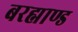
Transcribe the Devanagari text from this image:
बरह्माण्ड